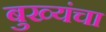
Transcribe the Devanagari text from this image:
बुख्यंचा